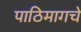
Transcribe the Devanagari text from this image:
पाठिमागचे